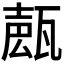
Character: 𤭩